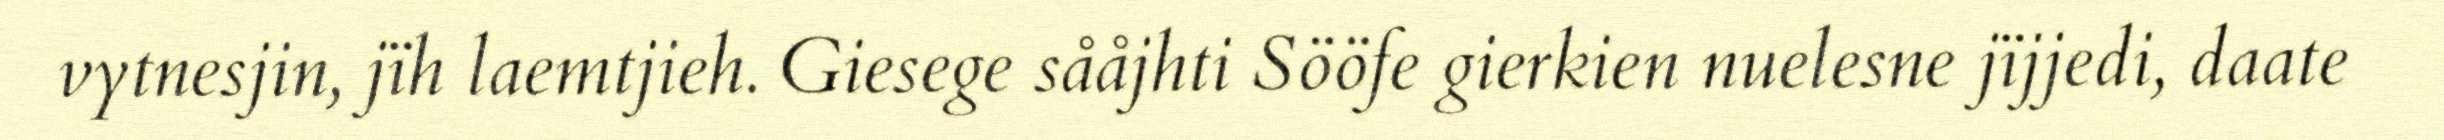
vytnesjin, jïh laemtjieh. Giesege sååjhti Sööfe gierkien nuelesne jïjjedi, daate